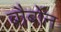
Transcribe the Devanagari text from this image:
बौर्बोन